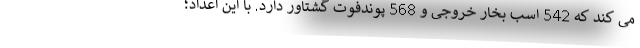
می کند که 542 اسب بخار خروجی و 568 پوندفوت گشتاور دارد. با این اعداد؛